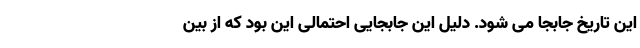
این تاریخ جابجا می شود. دلیل این جابجایی احتمالی این بود که از بین